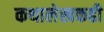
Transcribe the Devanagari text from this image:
कथालेखकही